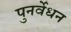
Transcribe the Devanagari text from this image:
पुनर्वेधन